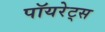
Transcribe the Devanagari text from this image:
पॉयरेट्स